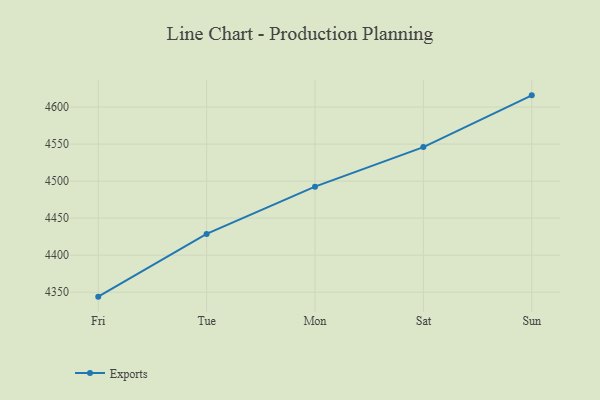
{"axis": {"x": "Day", "y": "Net Income (USD K)"}, "legend": ["Exports"], "data": [{"x": "Fri", "y": 4344.0, "type": "Exports"}, {"x": "Tue", "y": 4428.7, "type": "Exports"}, {"x": "Mon", "y": 4492.5, "type": "Exports"}, {"x": "Sat", "y": 4545.9, "type": "Exports"}, {"x": "Sun", "y": 4615.8, "type": "Exports"}]}